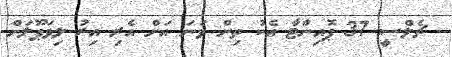
ޗެލްސީ 37 ޕޮއިންޓާ އެކު ތިން ވަނަ އަށް އެރި އިރު ލިވަޕޫލަށް